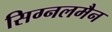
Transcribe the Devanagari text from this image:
सिग्नलमैन